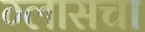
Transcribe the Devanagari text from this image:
ग्लासचा